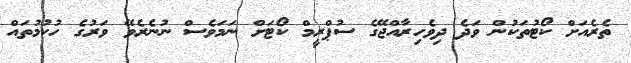
ތެރެއަށް ކޯޓުތަކުން ވަދެ ދިވެހިރާއްޖޭގެ ސުޕްރީމް ކޯޓަށް ނަމަވެސް ނުނެރެވޭ ވަރުގެ ހުކުމުތައް